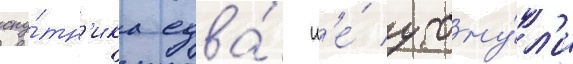
спу́тн'ика едва́ н'е́ утону́л'и